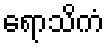
ရောသိကံ